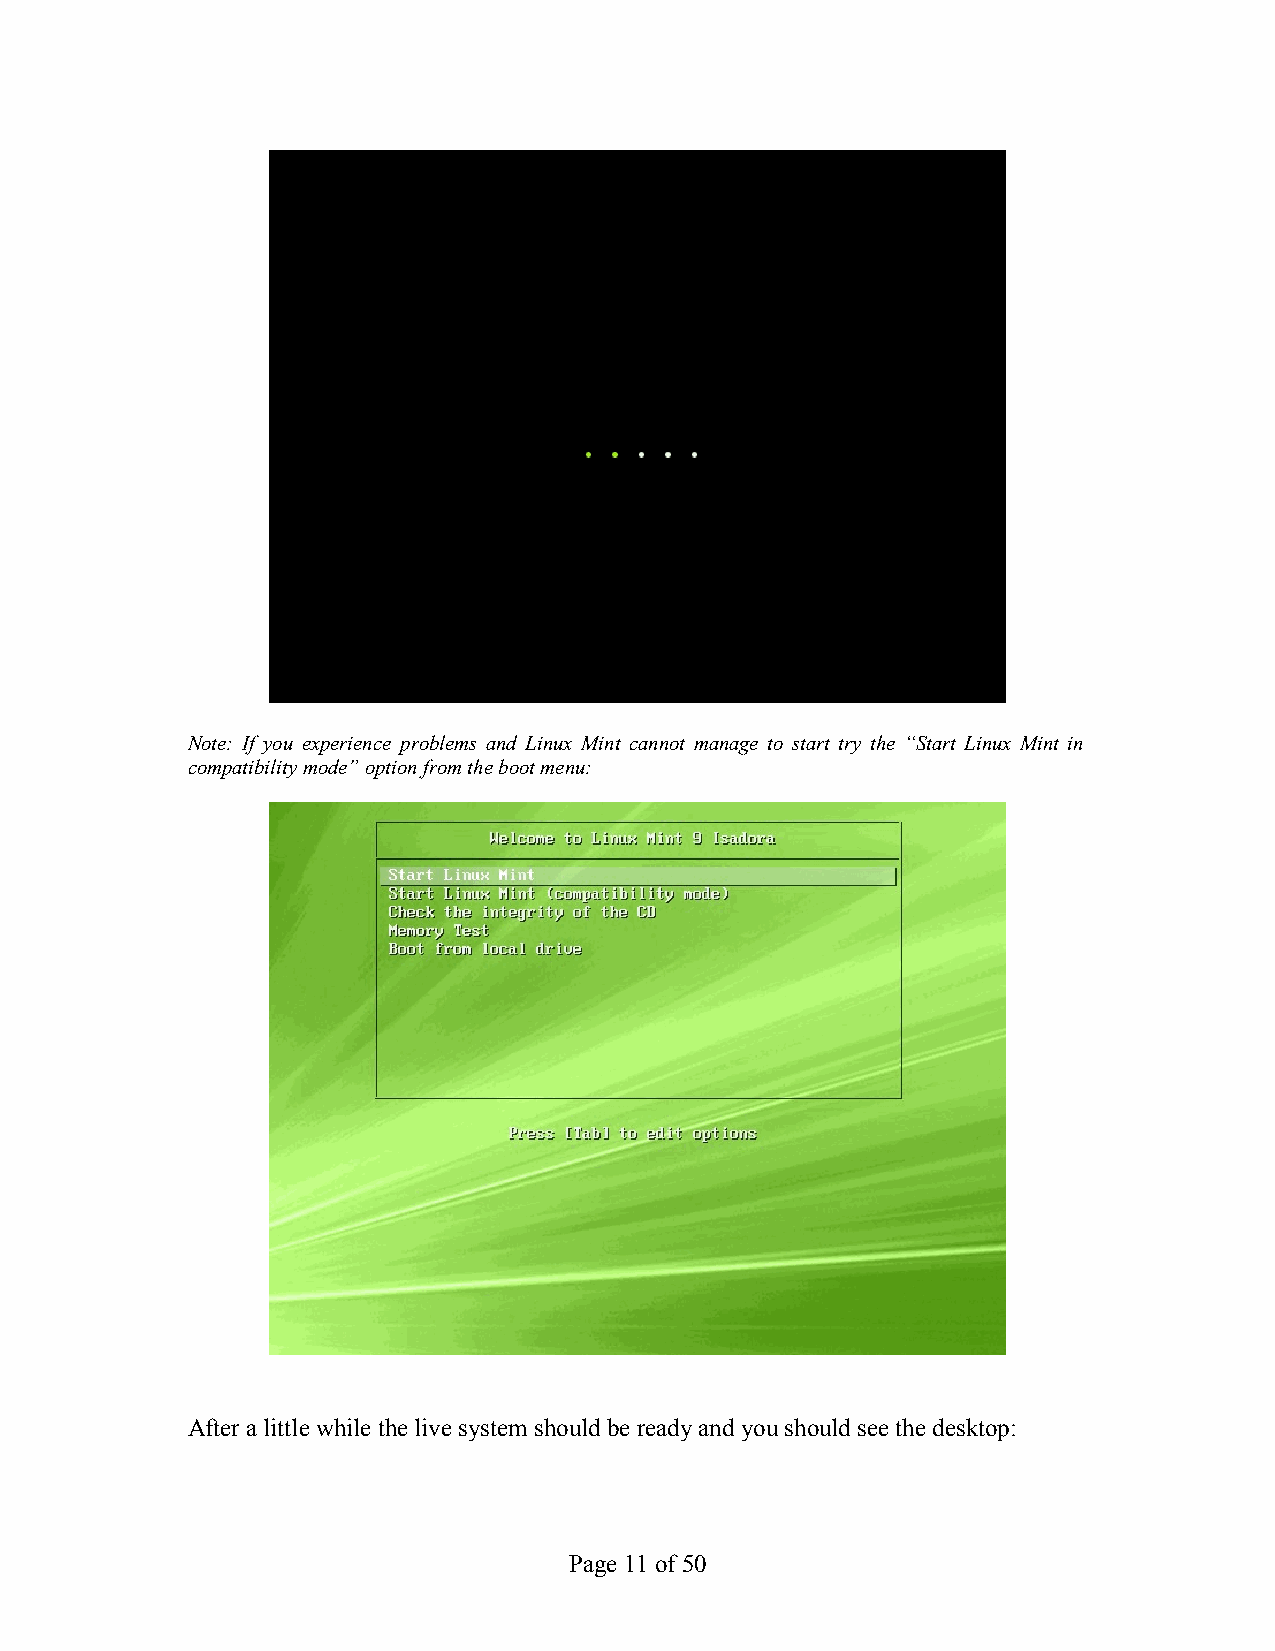
Note: If you experience problems and Linux Mint cannot manage to start try the “Start Linux Mint in
 compatibility mode” option from the boot menu:
 After a little while the live system should be ready and you should see the desktop:
 Page 11 of 50